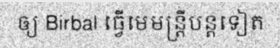
ឲ្យ Birbal ធ្វើមេមន្ត្រីបន្តទៀត